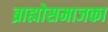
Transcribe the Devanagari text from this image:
ब्राह्मोसमाजका